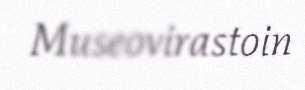
Museovirastoin